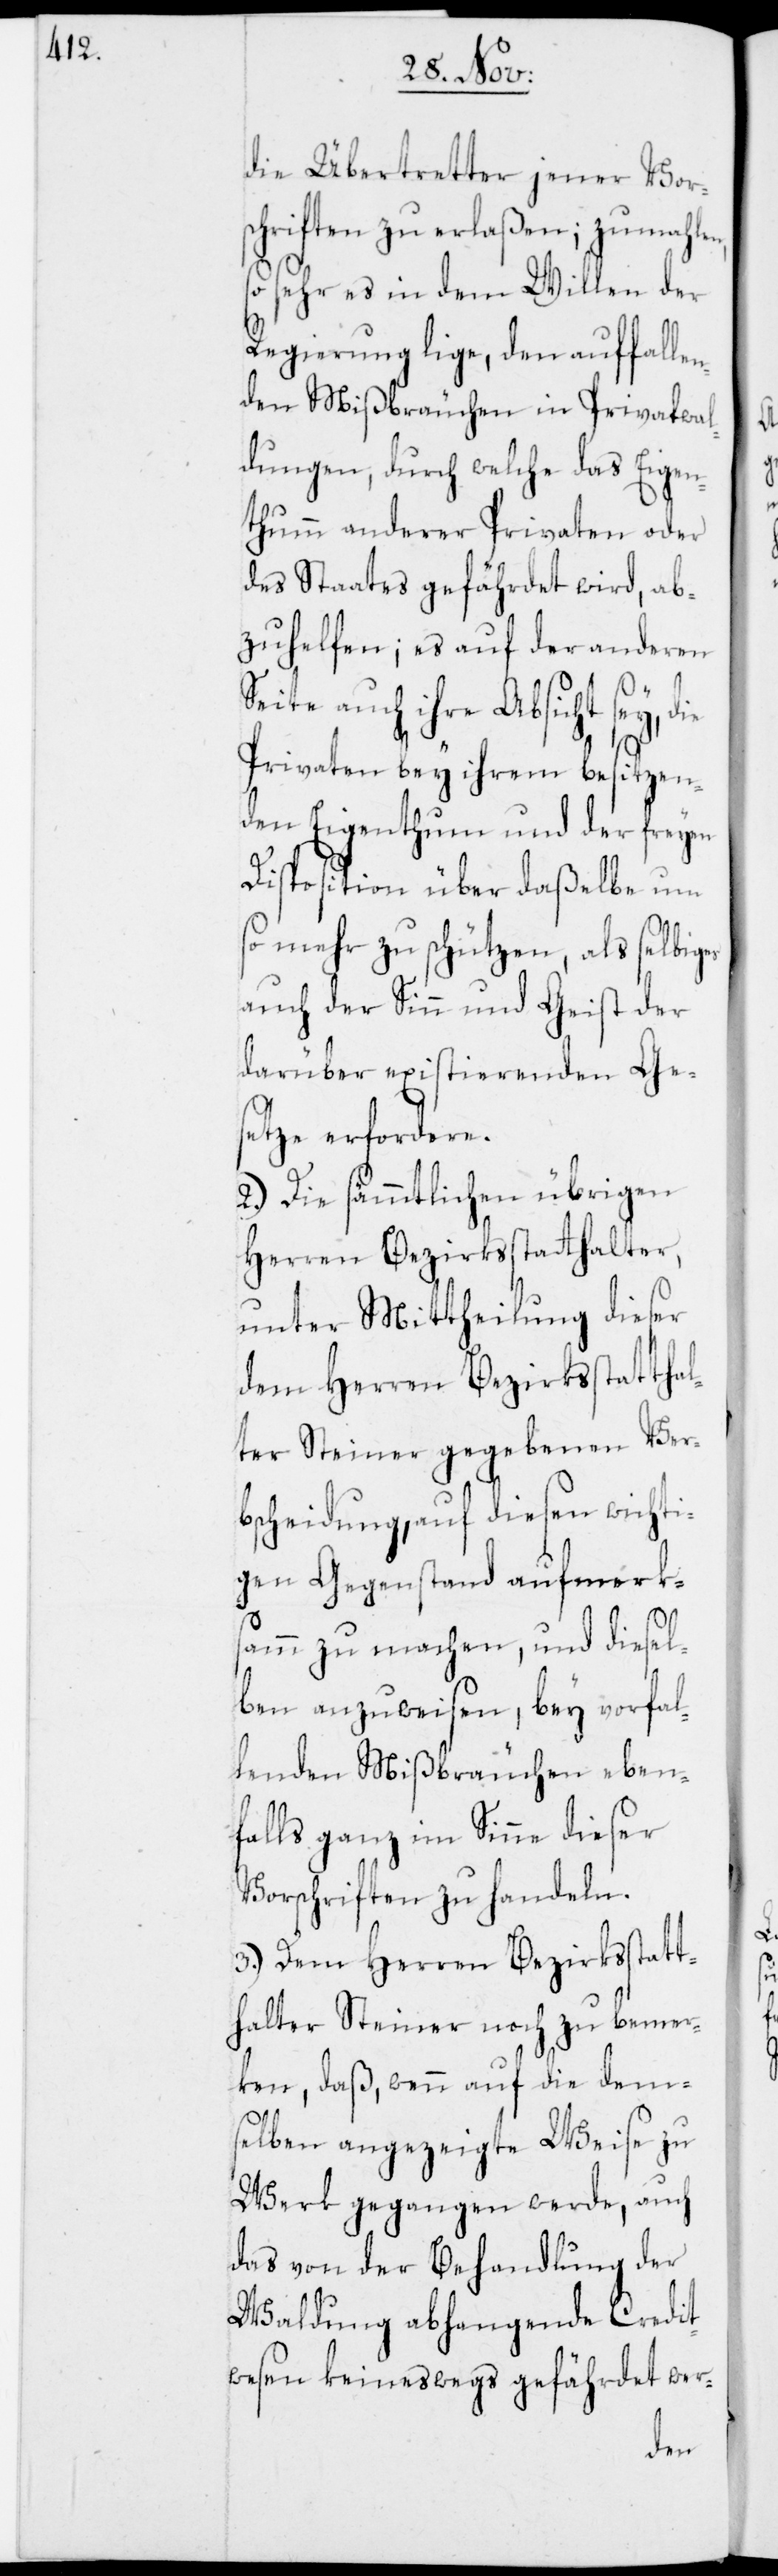
die Übertretter jener Vors¬
chriften zu erlaßen; zumahlen,
so sehr es in dem Willen der
Regierung lige, den auffallen¬
den Mißbräuchen in Privatwal¬
dungen, durch welche das Eigen¬
thumm anderer Privaten oder
des Staats gefährdet wird, ab¬
zuhelfen; es auf der anderen
Seite auch ihre Absicht sey,
Privaten bey ihrem besitzen¬
den Eigenthumm und der freyen
Disposition über daßelbe um
so mehr zu schützen, als selbiges
auch der Sinn und Geist der
darüber existierenden Ges¬
etze erfordere.
2.) Die sämmtlichen übrigen
Herren Bezirksstatthalter,
unter Mittheilung dieser
dem Herren Bezirksstatthal¬
ter Steiner gegebenen Ver¬
bscheidung, auf diesen wichti¬
gen Gegenstand aufmerk¬
samm zu machen, und diesel¬
ben anzuweisen, bey vorfal¬
lenden Mißbräuchen eben¬
falls ganz im Sinne dieser
Vorschriften zu handeln.
3.) Dem Herren Bezirksstatt¬
halter Steiner noch zu bemer¬
ken, daß, wenn auf die dem¬
selben angezeigte Weise zu
Werk gegangen werde, auch
das von der Behandlung der
Waldung abhangende Credit¬
wesen keineswegs gefährdet wer-